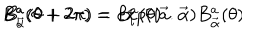
LaTeX: B _ { \vec { \alpha } } ^ { a } ( \theta + 2 \pi ) = e x p ( i \vec { a } . \vec { \alpha } ) B _ { \vec { \alpha } } ^ { a } ( \theta ) \hspace { . 6 i n } B _ { i } ^ { a } ( \theta + 2 \pi ) = B _ { i } ^ { a } ( \theta )